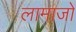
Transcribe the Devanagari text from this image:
लामाजों